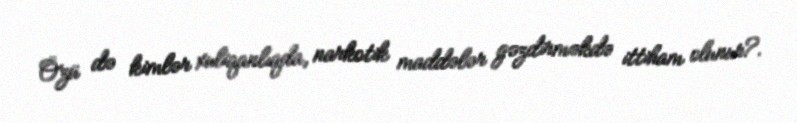
Özü də kimlər xuliqanlıqda, narkotik maddələr gəzdirməkdə ittiham olunur?.